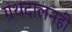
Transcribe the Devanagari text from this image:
ग्रंथदालनही